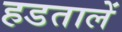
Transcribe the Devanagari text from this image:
हडतालें